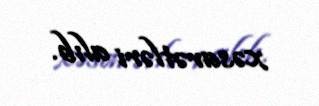
xəsarətləri alıb.